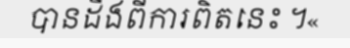
បានដឹងពីការពិតនេះ ។«